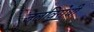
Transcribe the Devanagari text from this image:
जलविरोधी